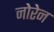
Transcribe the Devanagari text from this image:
नोरेन